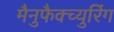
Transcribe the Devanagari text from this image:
मैनुफैक्च्युरिंग